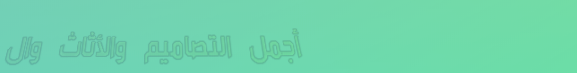
أجمل التصاميم والأثاث وال